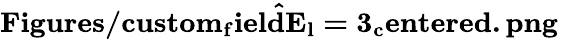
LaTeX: \mathbf{\hat{Figures/custom_{f}ieldE_{l}=3_{c}entered.png}}_{}